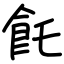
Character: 飥